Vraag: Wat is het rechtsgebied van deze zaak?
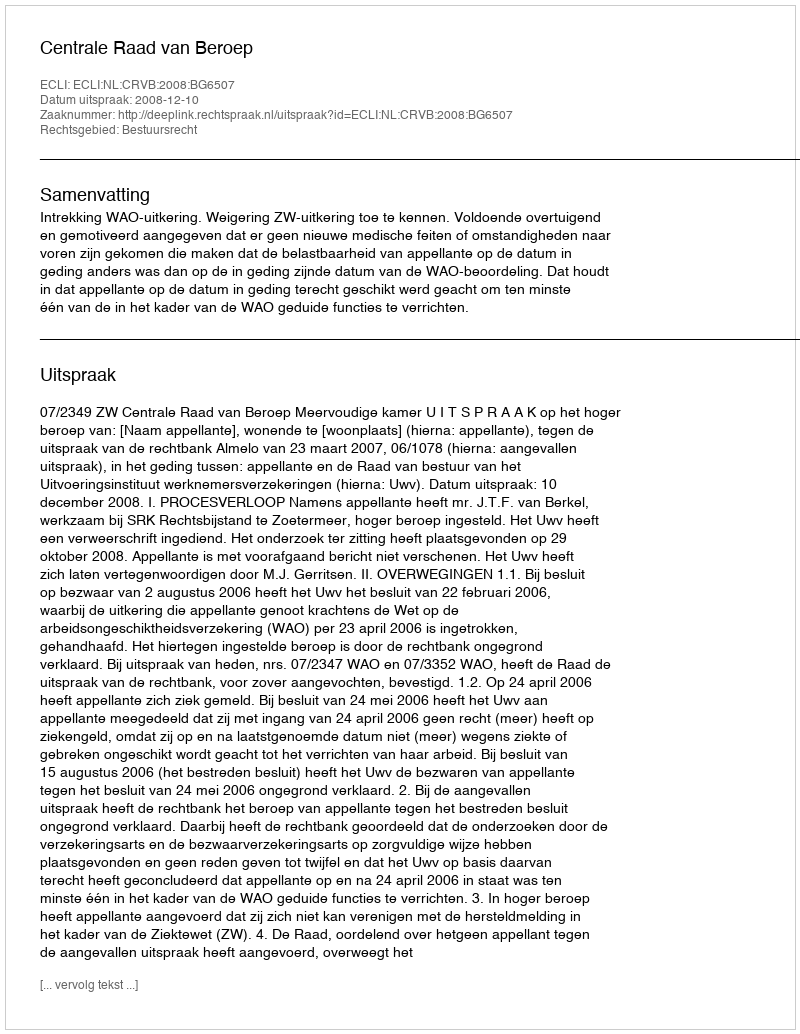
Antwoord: Bestuursrecht